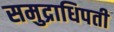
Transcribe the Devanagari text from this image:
समुद्राधिपती